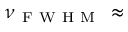
\nu _ { \mathrm { ~ F ~ W ~ H ~ M ~ } } \, \approx